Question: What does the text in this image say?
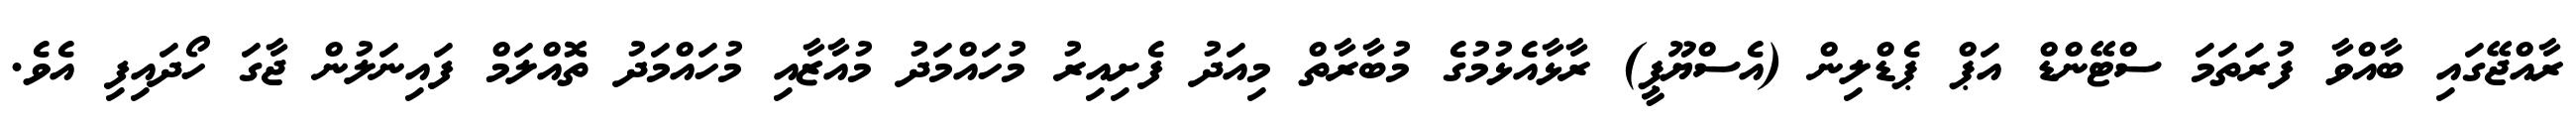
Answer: ރާއްޖޭގައި ބާއްވާ ފުރަތަމަ ސްޓޭންޑް އަޕް ޕެޑްލިން (އެސްޔޫޕީ) ރާޅާއެޅުމުގެ މުބާރާތް މިއަދު ފެށިއިރު މުހައްމަދު މުއާޒާއި މުހައްމަދު ތޮއްލަމް ފައިނަލުން ޖާގަ ހޯދައިފި އެވެ.